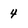
Character: 4